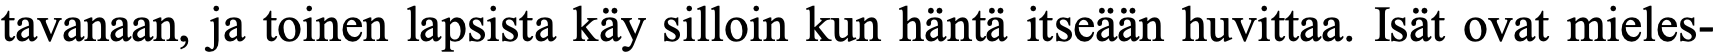
tavanaan, ja toinen lapsista käy silloin kun häntä itseään huvittaa. Isät ovat mieles-